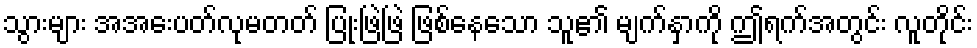
သွားများ အအေးပတ်လုမတတ် ပြုံးဖြဲဖြဲ ဖြစ်နေသော သူ၏ မျက်နှာကို ဤရက်အတွင်း လူတိုင်း